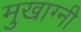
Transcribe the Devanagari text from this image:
मुखाग्नी